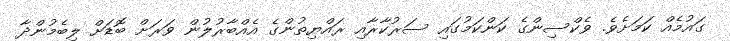
ގައުމެއް ކަމަށެވެ. ވެކްސިންގެ ކަންކަމުގައި ސަރުކާރާއި ރައްޔިތުންގެ އެއްބާރުލުން ވަރަށް ބޮޑަށް ލިބެމުންދާ